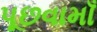
પૂછવામાઁ